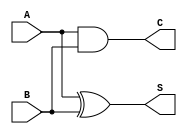
module half_adder (
    input wire A,
    input wire B,
    output reg S,
    output reg C
);

always @* begin
  S = A ^ B;
  C = A & B;
end

endmodule